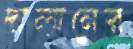
দালানের